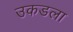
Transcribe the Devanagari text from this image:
उकडला